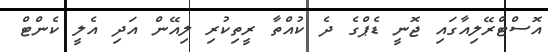
އޮސްޓްރޭލިއާގައި ޖޮނީ ޑެޕްގެ ދެ ކުއްތާ ރީތިކުރި ލިއޭން އަދި އެލީ ކެންޓް